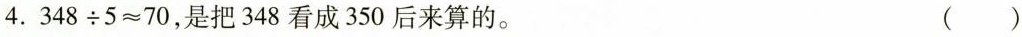
4.$$348÷5≈70$$，是把348看成350后来算的。 ()